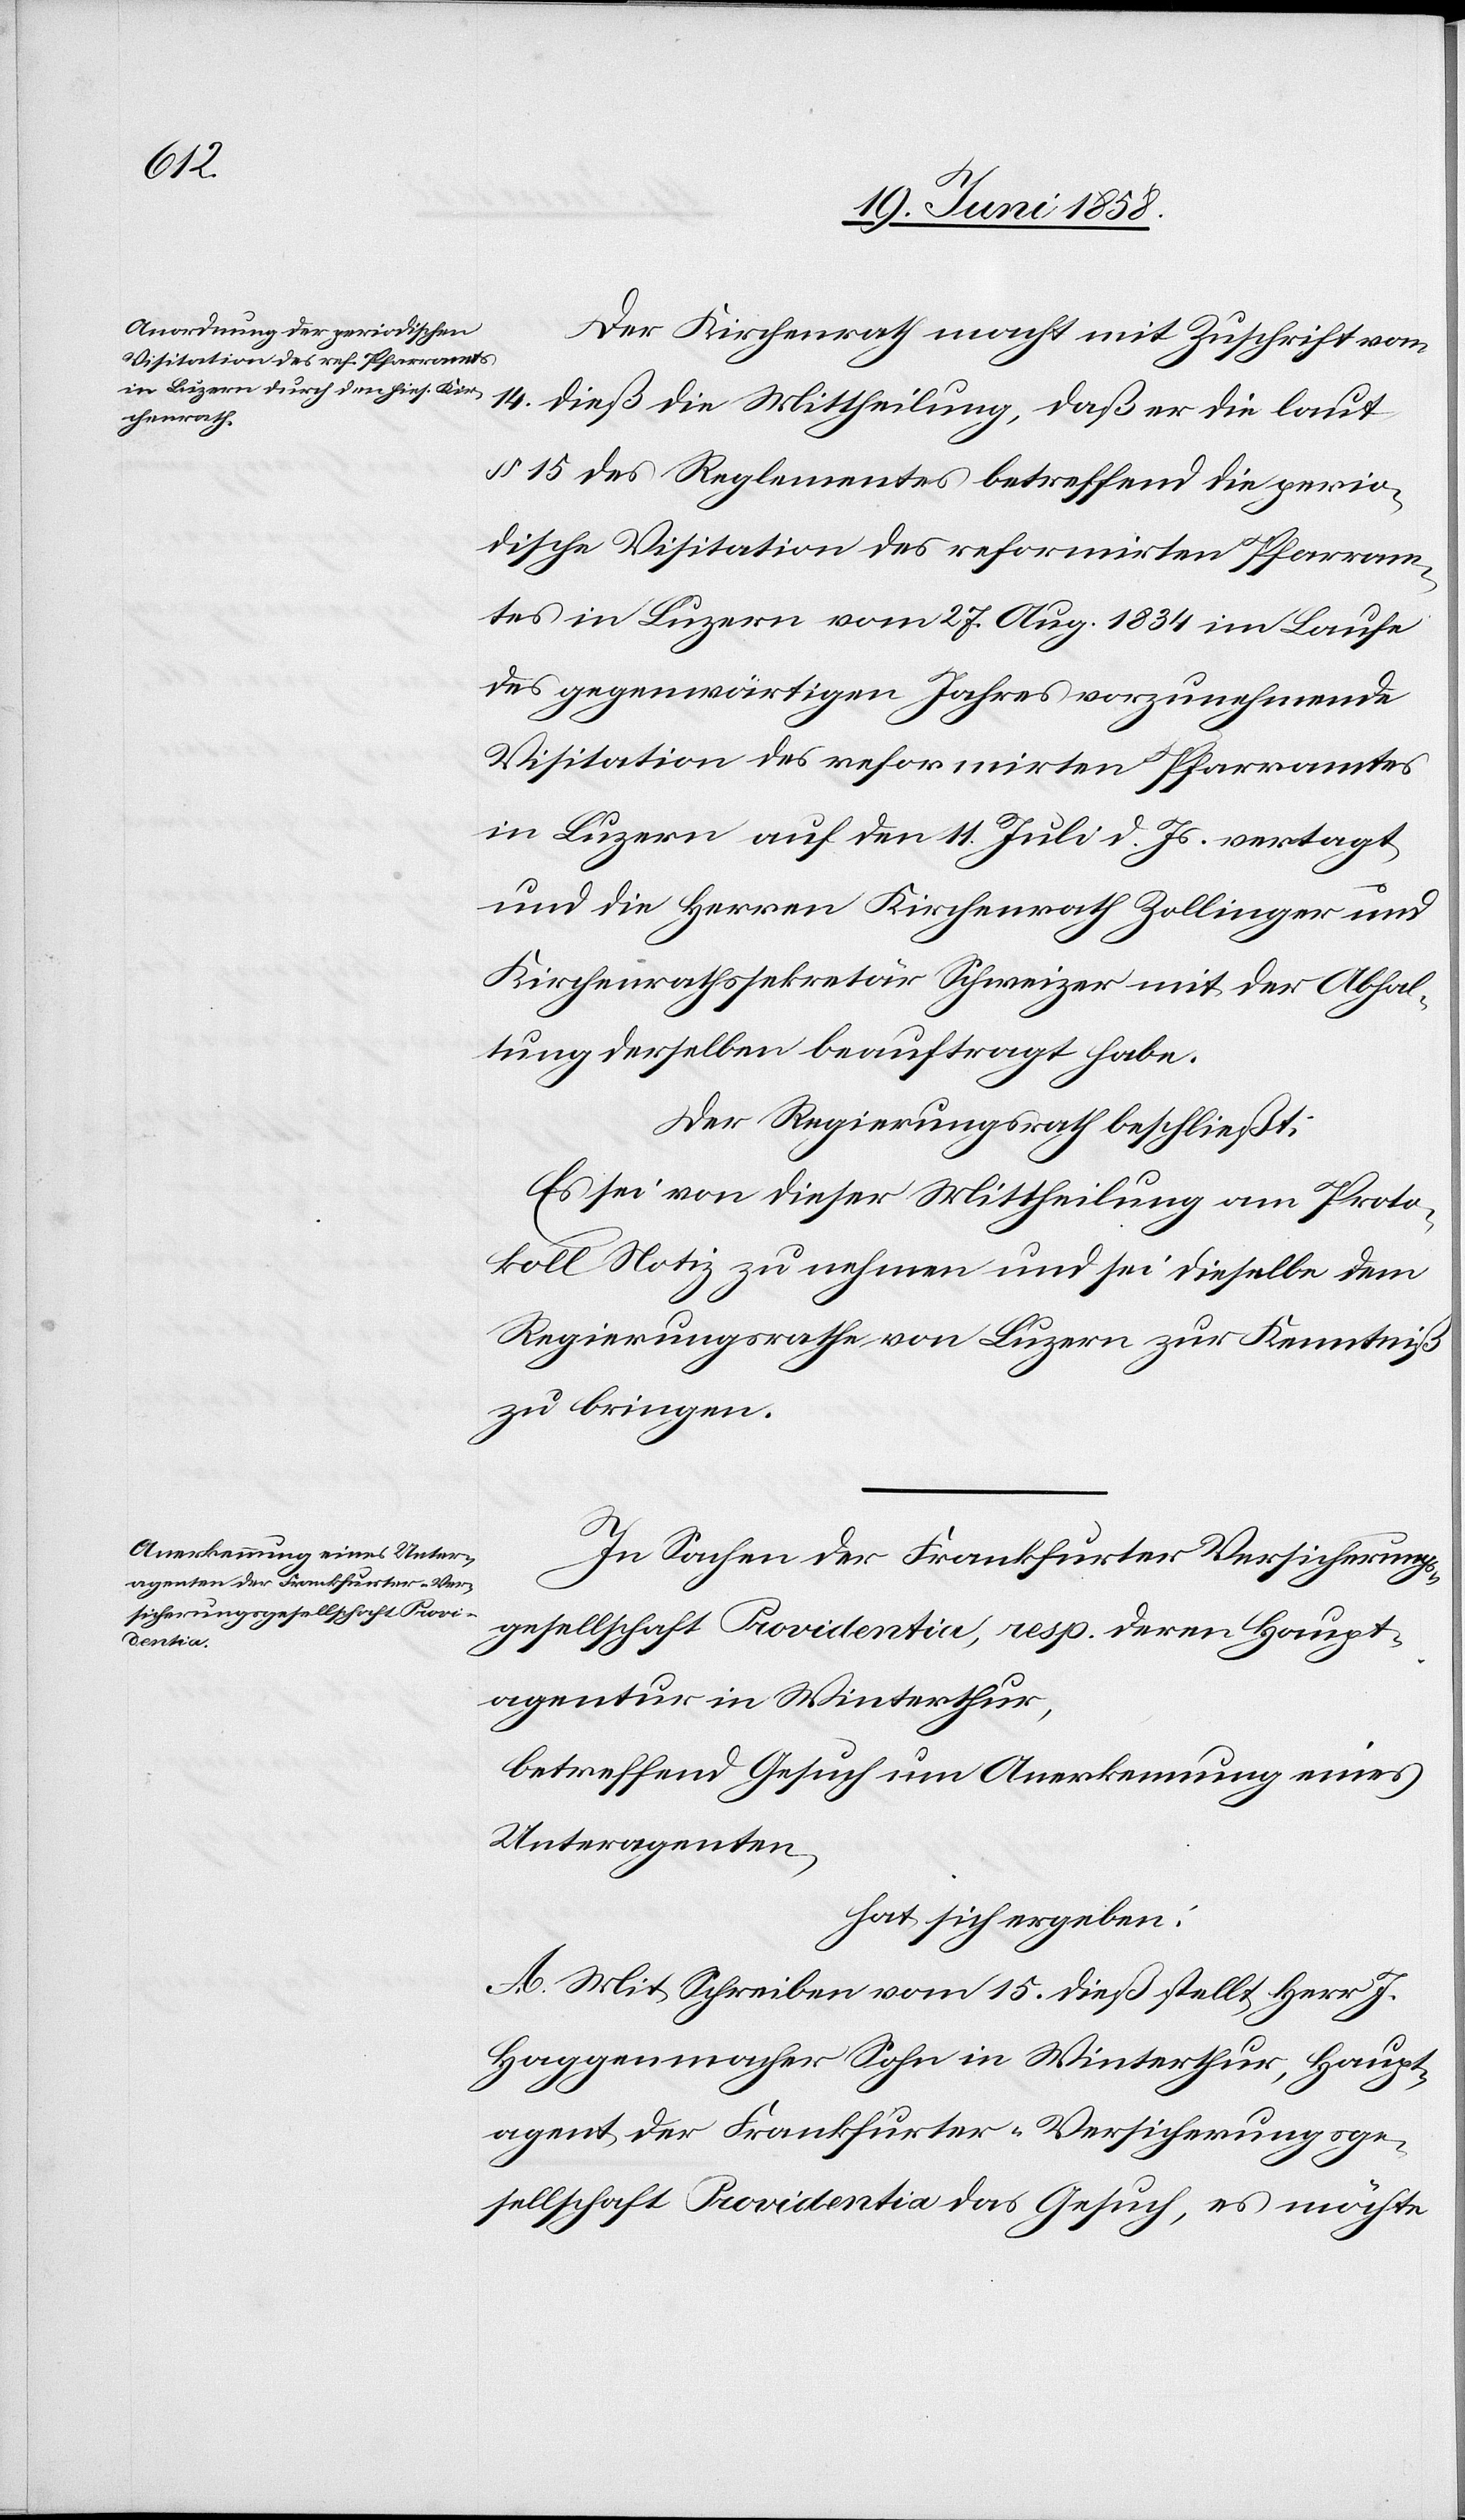
Der Kirchenrath macht mit Zuschrift vom
14. dieß die Mittheilung, daß er die laut
§ 15 des Reglementes betreffend die perio¬
dische Visitation des reformirten Pfarram¬
tes in Luzern vom 27. Aug. 1834 im Laufe
des gegenwärtigen Jahres vorzunehmende
Visitation des reformirten Pfarramtes
in Luzern auf den 11. Juli d. Js. vertagt
und die Herren Kirchenrath Zollinger und
Kirchenrathssekretär Schweizer mit der Abhal¬
tung derselben beauftragt habe.
Der Regierungsrath beschließt:
Es sei von dieser Mittheilung am Proto¬
koll Notiz zu nehmen und sei dieselbe dem
Regierungsrathe von Luzern zur Kenntniß
zu bringen.
In Sachen der Frankfurter Versicherungs¬
gesellschaft Providentia, resp. deren Haupt¬
agentur in Winterthur,
betreffend Gesuch um Anerkennung eines
Unteragenten,
hat sich ergeben:
A. Mit Schreiben vom 15. dieß stellt Herr J.
Haggenmacher Sohn in Winterthur, Haupt¬
agent der Frankfurter-Versicherungsge¬
sellschaft Providentia das Gesuch, es möchte